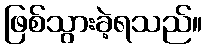
ဖြစ်သွားခဲ့ရသည်။